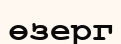
өзерг